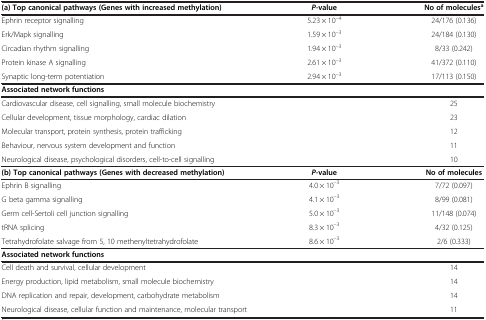
<table><thead><tr><td><b>(a) Top canonical pathways (Genes with increased methylation)</b></td><td><b><i>P-</i>value</b></td><td><b>No of molecules<sup>a</sup></b></td></tr></thead><tbody><tr><td>Ephrin receptor signalling</td><td>5.23 × 10<sup>–4</sup></td><td>24/176 (0.136)</td></tr><tr><td>Erk/Mapk signalling</td><td>1.59 × 10<sup>–3</sup></td><td>24/184 (0.130)</td></tr><tr><td>Circadian rhythm signalling</td><td>1.94 × 10<sup>–3</sup></td><td>8/33 (0.242)</td></tr><tr><td>Protein kinase A signalling</td><td>2.61 × 10<sup>–3</sup></td><td>41/372 (0.110)</td></tr><tr><td>Synaptic long-term potentiation</td><td>2.94 × 10<sup>–3</sup></td><td>17/113 (0.150)</td></tr><tr><td colspan="2"><b>Associated network functions</b></td><td> </td></tr><tr><td colspan="2">Cardiovascular disease, cell signalling, small molecule biochemistry</td><td>25</td></tr><tr><td colspan="2">Cellular development, tissue morphology, cardiac dilation</td><td>23</td></tr><tr><td colspan="2">Molecular transport, protein synthesis, protein trafficking</td><td>12</td></tr><tr><td colspan="2">Behaviour, nervous system development and function</td><td>11</td></tr><tr><td colspan="2">Neurological disease, psychological disorders, cell-to-cell signalling</td><td>10</td></tr><tr><td><b>(b) Top canonical pathways (Genes with decreased methylation)</b></td><td><b><i>P-</i></b><b>value</b></td><td><b>No of molecules</b></td></tr><tr><td>Ephrin B signalling</td><td>4.0 × 10<sup>–3</sup></td><td>7/72 (0.097)</td></tr><tr><td>G beta gamma signalling</td><td>4.1 × 10<sup>–3</sup></td><td>8/99 (0.081)</td></tr><tr><td>Germ cell-Sertoli cell junction signalling</td><td>5.0 × 10<sup>–3</sup></td><td>11/148 (0.074)</td></tr><tr><td>tRNA splicing</td><td>8.3 × 10<sup>–3</sup></td><td>4/32 (0.125)</td></tr><tr><td>Tetrahydrofolate salvage from 5, 10 methenyltetrahydrofolate</td><td>8.6 × 10<sup>–3</sup></td><td>2/6 (0.333)</td></tr><tr><td><b>Associated network functions</b></td><td> </td><td> </td></tr><tr><td colspan="2">Cell death and survival, cellular development</td><td>14</td></tr><tr><td colspan="2">Energy production, lipid metabolism, small molecule biochemistry</td><td>14</td></tr><tr><td colspan="2">DNA replication and repair, development, carbohydrate metabolism</td><td>14</td></tr><tr><td colspan="2">Neurological disease, cellular function and maintenance, molecular transport</td><td>11</td></tr></tbody></table>